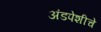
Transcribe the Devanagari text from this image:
अंडपेशीचे